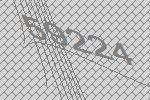
59224